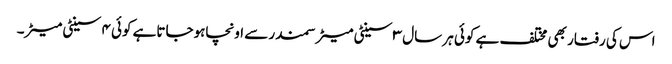
اس کی رفتار بھی مختلف ہے کوئی ہر سال ۳ سینٹی میٹرسمندر سے اونچاہوجاتاہے کوئی ۴ سینٹی میٹر۔